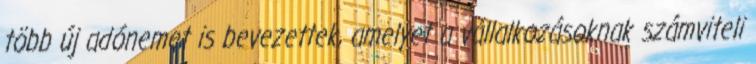
több új adónemet is bevezettek, amelyet a vállalkozásoknak számviteli